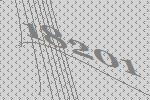
18201